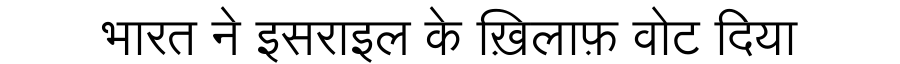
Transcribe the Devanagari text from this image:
भारत ने इसराइल के ख़िलाफ़ वोट दिया